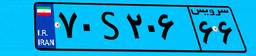
۷۹S۸۶۹۷۳